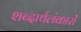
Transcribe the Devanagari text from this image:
शब्दार्थलंकारों